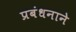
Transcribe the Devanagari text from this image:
प्रबंधनाने